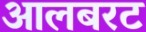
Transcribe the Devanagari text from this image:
आलबरट